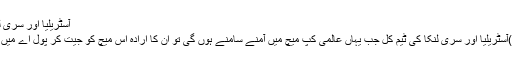
آسٹریلیا اور سری لنکا میں ہوگی نمبر دوکیلئے جنگ
سڈنی، 7 ؍مارچ(آئی این ایس انڈیا )آسٹریلیا اور سری لنکا کی ٹیم کل جب یہاں عالمی کپ میچ میں آمنے سامنے ہوں گی تو ان کا ارادہ اس میچ کو جیت کر پول اے میں دوسری پوزیشن حاصل کرنا ہوگا۔